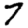
Digit: 7